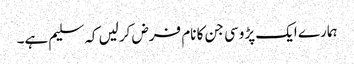
ہمارے ایک پڑوسی جن کا نام فرض کرلیں کہ سلیم ہے۔